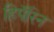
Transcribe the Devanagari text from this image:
हिपॅरिन